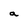
Character: a